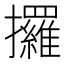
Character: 攞